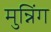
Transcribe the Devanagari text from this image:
मुन्निंग